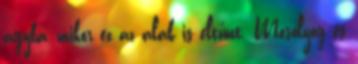
ágyba, mikor ez az alak is eltűnt. Mosolyog és